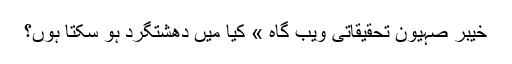
خیبر صہیون تحقیقاتی ویب گاہ » کیا میں دھشتگرد ہو سکتا ہوں؟